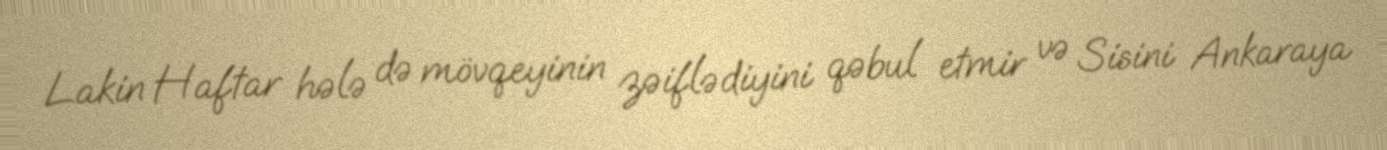
Lakin Haftar hələ də mövqeyinin zəiflədiyini qəbul etmir və Sisini Ankaraya